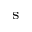
^ \mathrm { s }